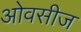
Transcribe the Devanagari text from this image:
ओवसीज